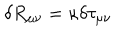
LaTeX: \delta R _ { \mu \nu } = \kappa \delta \tau _ { \mu \nu }